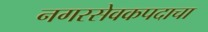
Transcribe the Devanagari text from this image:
नगरसेवकपदाचा